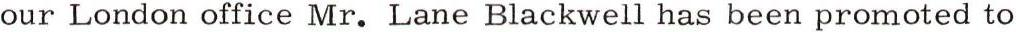
our London office Mr. Lane Blackwell has been promoted to